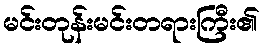
မင်းတုန်းမင်းတရားကြီး၏